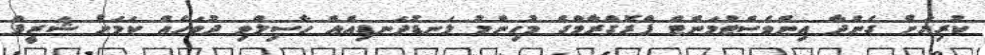
ކުރިޔަށް ގެންދާ އިންވެސްޓްމަންޓް ޕްރޮގްރާމްގެ މުހިންމު ލަނޑުދަނޑިއެއް ހާސިލްވި ދުވަހެއް ކަމަށް ޝަރީފް